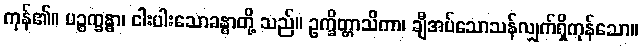
ကုန်၏။ ပဉ္စက္ခန္ဓာ၊ ငါးပါးသောခန္ဓာတို့ သည်။ ဥက္ခိတ္တာသိကာ၊ ချီအပ်သောသန်လျှက်ရှိကုန်သော။